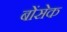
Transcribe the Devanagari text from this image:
बोंसेक